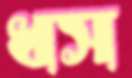
ধস